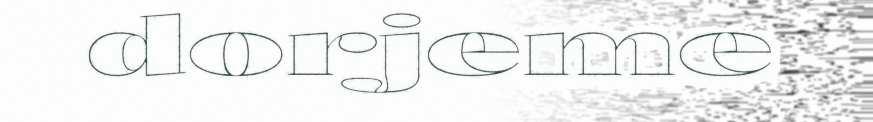
dorjeme